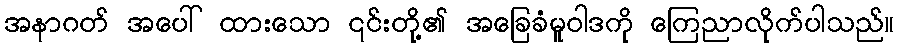
အနာဂတ် အပေါ် ထားသော ၎င်းတို့၏ အခြေခံမူဝါဒကို ကြေညာလိုက်ပါသည်။